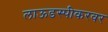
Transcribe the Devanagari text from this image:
लाऊडस्पीकरवर